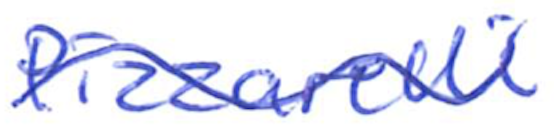
Text: Pizzarelli
Cross-out: wave
Writing tool: ballpoint